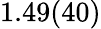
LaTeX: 1.49(40)